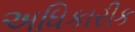
અધિકારીક